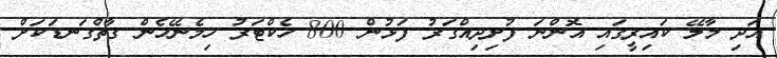
އަދި މާލޭ ކައިރީގައި އޮންނަ ފުށިދިއްގަރު ފަޅުން 800 ހެކްޓަރު ހިމެނޭހެން ގާތްގަނޑަކަށް